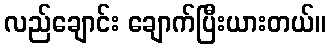
လည်ချောင်း ချောက်ပြီးယားတယ်။